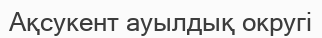
Ақсукент ауылдық округі